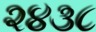
૨૪૩૮